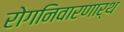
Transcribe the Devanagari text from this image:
रोगनिवारणार्थ